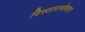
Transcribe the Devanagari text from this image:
विस्तारासोबतच